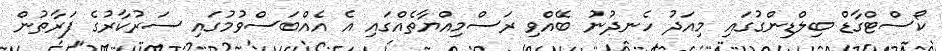
ކޯސްޓްގާޑް ބިލްޑިންގުގައި މިއަދު ހެނދުނު ބޭއްވި ރަސްމިއްޔާތެއްގައި އެ އެއްބަސްވުމުގައި ސަރުކާރުގެ ފަރާތުން